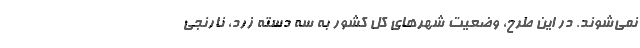
نمی‌شوند. در این طرح، وضعیت شهرهای کل کشور به سه دسته زرد، نارنجی